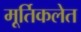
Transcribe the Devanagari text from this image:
मूर्तिकलेत